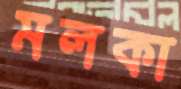
মলকা